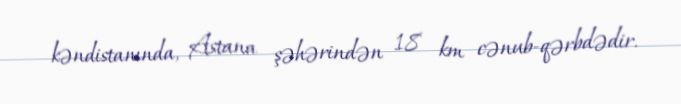
kəndistanında, Astana şəhərindən 18 km cənub-qərbdədir.